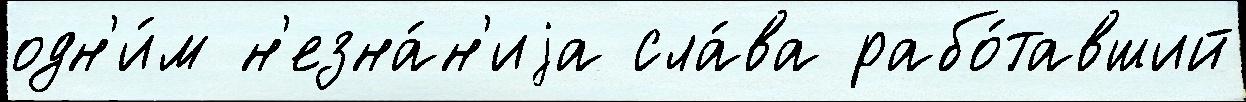
одн'и́м н'езна́н'иjа сла́ва рабо́тавший